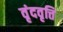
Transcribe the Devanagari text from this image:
वृंदवृत्ति